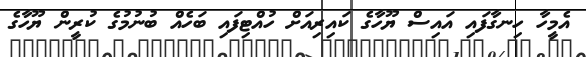
އެމީހާ ހިނގާފައި އައިސް ޔޫހާގެ ކައިރިއަށް ހުއްޓިފައި ބަހެއް ބުނުމުގެ ކުރީން ޔޫހާގެ